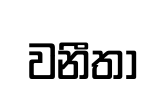
වනීතා